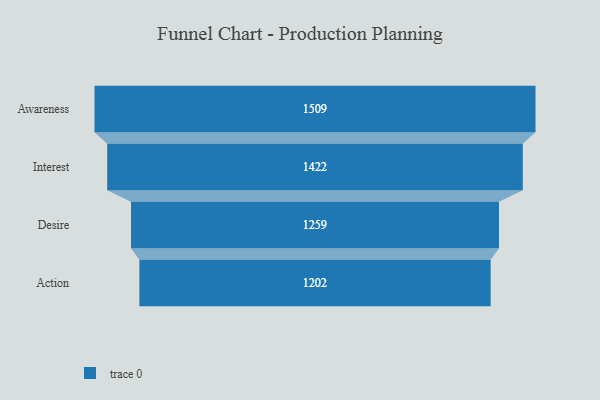
{"axis": {"x": "Stage", "y": "Value"}, "legend": [""], "data": [{"x": "Awareness", "y": 1509.0, "type": ""}, {"x": "Interest", "y": 1422.0, "type": ""}, {"x": "Desire", "y": 1259.0, "type": ""}, {"x": "Action", "y": 1202.0, "type": ""}]}